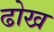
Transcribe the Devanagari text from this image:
ढोख